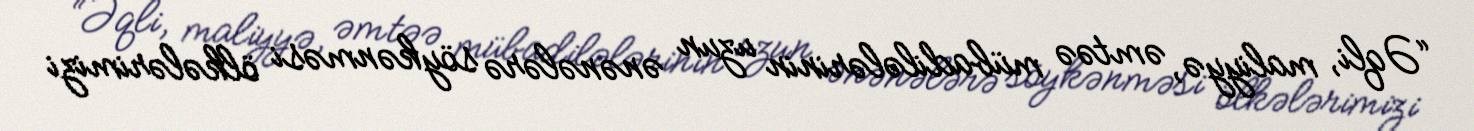
“Əqli, maliyyə, əmtəə mübadilələrinin uzun ənənələrə söykənməsi ölkələrimizi